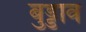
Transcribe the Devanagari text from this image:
बुड्डाव